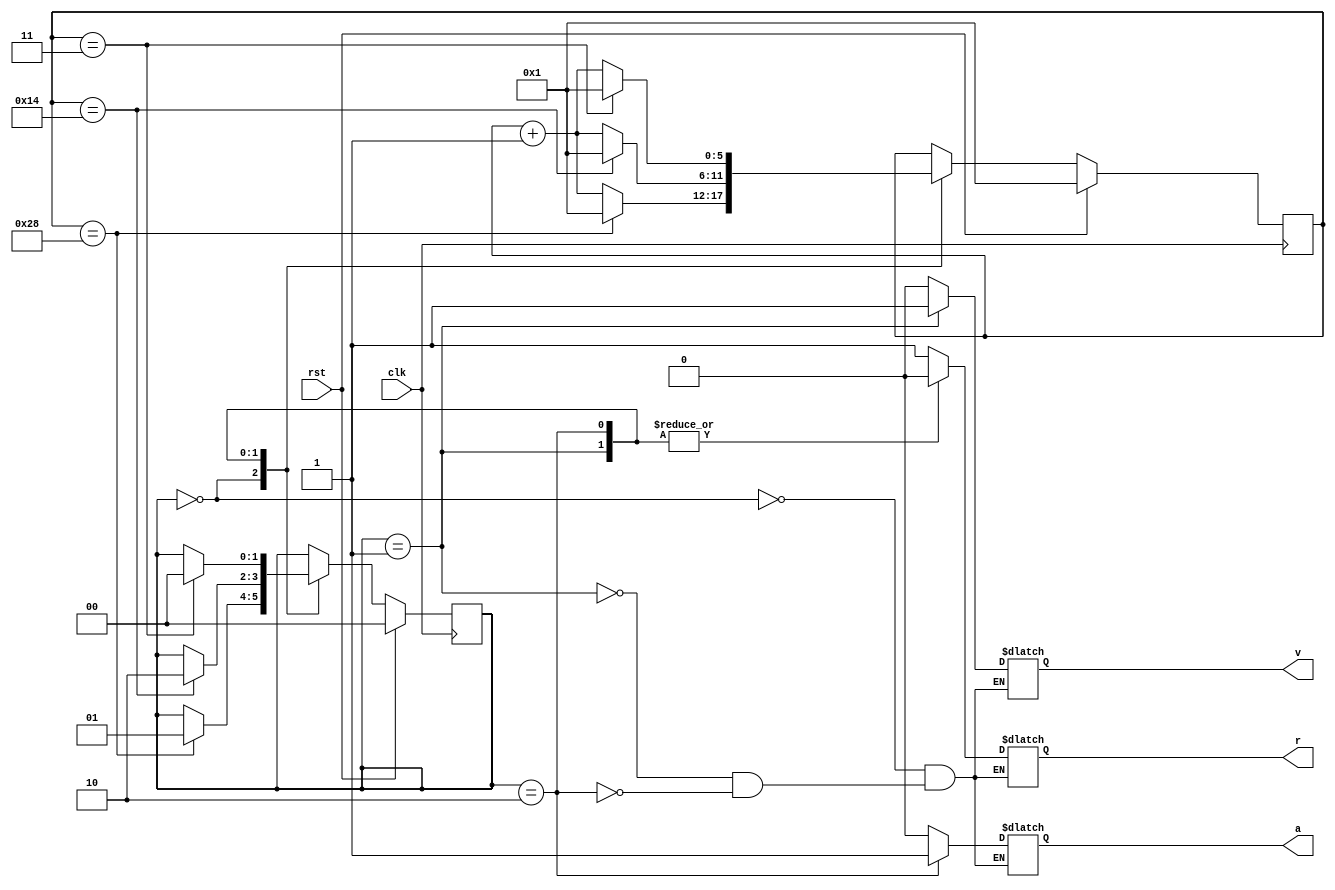
//modulo
module Semaforo (r,a,v,clk,rst);

//Puertos
input clk, rst;
output reg r,a,v;

//Registros
		reg [1:0] 	estados;
		reg [5:0] 	contador;
		
//Parametros
parameter alto=0, siga=1, preventivo=2; 
 

always@(estados)
 begin
 case(estados)
	alto: 
	begin
		r=1;
		v=0;
		a=0;
	end
	
	siga:
	begin
		r=0;
		v=1;
		a=0;
	end
		
	preventivo:
	begin
		r=0;
		v=0;
		a=1;
	end
	endcase
end

always@(posedge clk)
begin
	if (rst)
	begin
		estados=alto;
		contador=1;
	end
	else
		case(estados)
			alto:
			//binario: (contador==6'b101000);
			if (contador==40)
			begin
				contador=1;
				estados=siga;
			end
			else
				contador=contador+1;
			
			siga:
			if (contador==20)
			begin
				contador=1;
				estados=preventivo;
			end
			else
				contador=contador+1;
			
			preventivo:
			if(contador==3)
			begin
				contador=1;
				estados=alto;
			end
			else
				contador=contador+1;
		endcase
end

endmodule